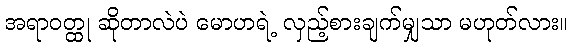
အရာဝတ္ထု ဆိုတာလဲပဲ မောဟရဲ့ လှည့်စားချက်မျှသာ မဟုတ်လား။